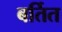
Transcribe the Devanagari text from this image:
बर्तित